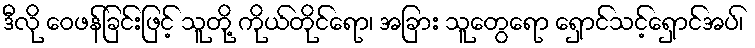
ဒီလို ဝေဖန်ခြင်းဖြင့် သူတို့ ကိုယ်တိုင်ရော၊ အခြား သူတွေရော ရှောင်သင့်ရှောင်အပ်၊